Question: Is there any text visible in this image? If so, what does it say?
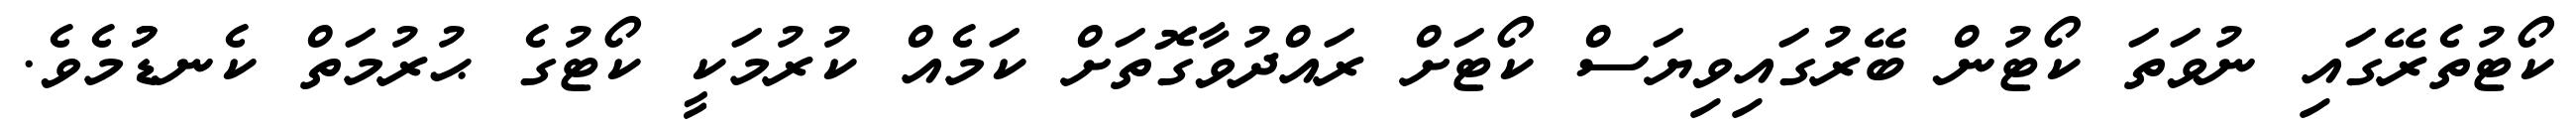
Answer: ކޯޓުތެރޭގައި ނުވަތަ ކޯޓުން ބޭރުގައިވިޔަސް ކޯޓަށް ރައްދުވާގޮތަށް ކަމެއް ކުރުމަކީ ކޯޓުގެ ޙުރުމަތް ކެނޑުުމެވެ.